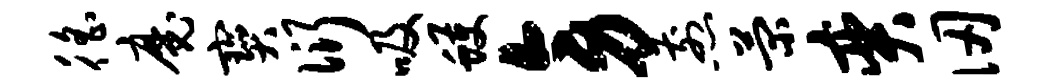
徭魔宝衍吸蠖旁煎菊奕仞